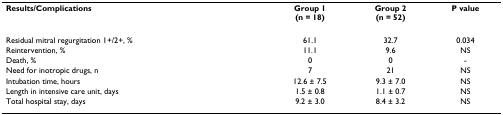
<table><thead><tr><td><b>Results/Complications</b></td><td><b>Group 1(n = 18)</b></td><td><b>Group 2(n = 52)</b></td><td><b>P value</b></td></tr></thead><tbody><tr><td>Residual mitral regurgitation 1+/2+, %</td><td>61.1</td><td>32.7</td><td>0.034</td></tr><tr><td>Reintervention, %</td><td>11.1</td><td>9.6</td><td>NS</td></tr><tr><td>Death, %</td><td>0</td><td>0</td><td>-</td></tr><tr><td>Need for inotropic drugs, n</td><td>7</td><td>21</td><td>NS</td></tr><tr><td>Intubation time, hours</td><td>12.6 ± 7.5</td><td>9.3 ± 7.0</td><td>NS</td></tr><tr><td>Length in intensive care unit, days</td><td>1.5 ± 0.8</td><td>1.1 ± 0.7</td><td>NS</td></tr><tr><td>Total hospital stay, days</td><td>9.2 ± 3.0</td><td>8.4 ± 3.2</td><td>NS</td></tr></tbody></table>